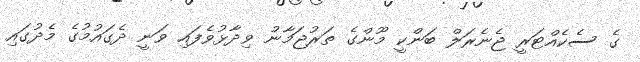
ގެ ސެކެއްޓަރީ ޖެނެރަލް ބަންކީ މޫންގެ ތަރުޖަމާނު ވިދާޅުވެފައި ވަނީ ދެގައުމުގެ މެދުގައި